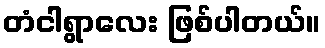
တံငါရွာလေး ဖြစ်ပါတယ်။